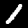
Digit: 1